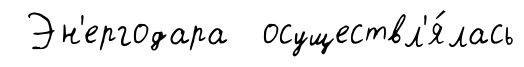
Эн'ергодара осуществл'я́лась